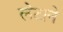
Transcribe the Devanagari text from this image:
लेटाने